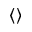
\langle \rangle